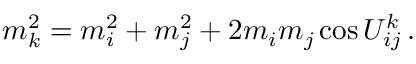
m _ { k } ^ { 2 } = m _ { i } ^ { 2 } + m _ { j } ^ { 2 } + 2 m _ { i } m _ { j } \cos U _ { i j } ^ { k } \, .